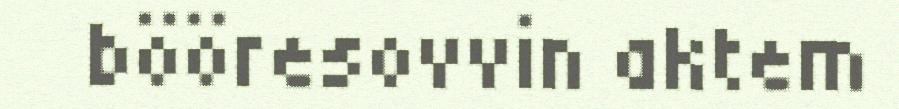
bööresovvin aktem